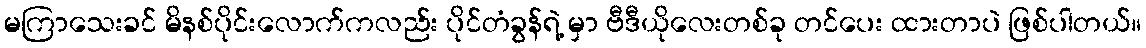
မကြာသေးခင် မိနစ်ပိုင်းလောက်ကလည်း ပိုင်တံခွန်ရဲ့ မှာ ဗီဒီယိုလေးတစ်ခု တင်ပေး ထားတာပဲ ဖြစ်ပါတယ်။